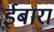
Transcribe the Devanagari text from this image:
ईबारा